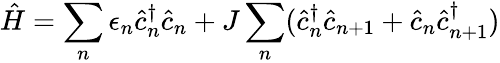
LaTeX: \hat{H}=\sum_{n}\epsilon_{n}\hat{c}_{n}^{\dagger}\hat{c}_{n}+J\sum_{n}(\hat{c}_{n}^{\dagger}\hat{c}_{n+1}+\hat{c}_{n}\hat{c}_{n+1}^{\dagger})